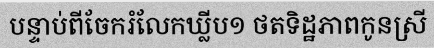
បន្ទាប់ពីចែករំលែកឃ្លីប១ ថតទិដ្ឋភាពកូនស្រី